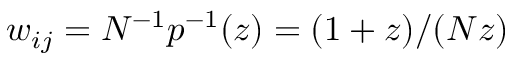
w _ { i j } = N ^ { - 1 } p ^ { - 1 } ( z ) = ( 1 + z ) / ( N z )